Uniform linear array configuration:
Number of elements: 64
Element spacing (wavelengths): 1
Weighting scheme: exponential
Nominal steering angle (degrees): -60
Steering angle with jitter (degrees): -59.354
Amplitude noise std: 0.05
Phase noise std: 0.05

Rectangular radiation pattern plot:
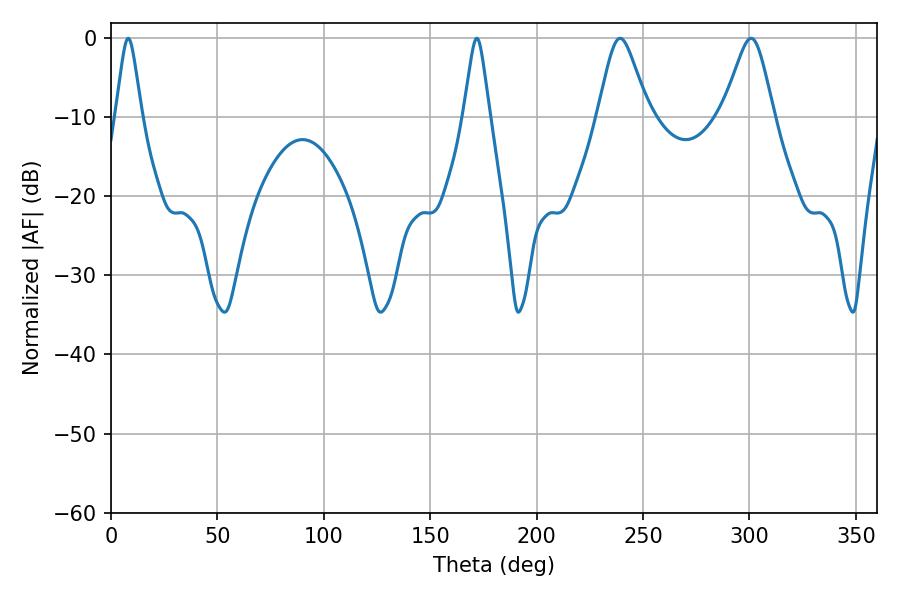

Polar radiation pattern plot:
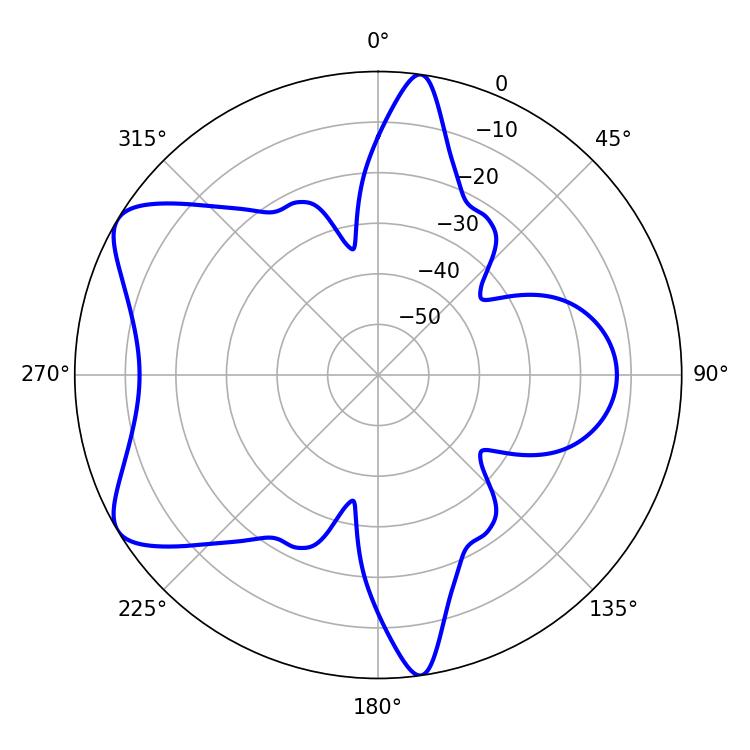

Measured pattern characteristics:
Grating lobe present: TRUE
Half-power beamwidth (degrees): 11.34
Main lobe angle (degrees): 300.78